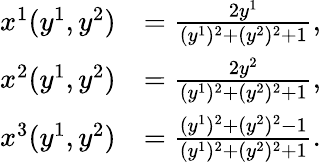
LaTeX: \begin{array}{rl}{x^{1}(y^{1},y^{2})}&{=\frac{2y^{1}}{(y^{1})^{2}+(y^{2})^{2}+1},\ }\\ {x^{2}(y^{1},y^{2})}&{=\frac{2y^{2}}{(y^{1})^{2}+(y^{2})^{2}+1},\ }\\ {x^{3}(y^{1},y^{2})}&{=\frac{(y^{1})^{2}+(y^{2})^{2}-1}{(y^{1})^{2}+(y^{2})^{2}+1}.}\end{array}